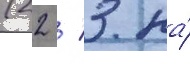
(22 / 3 на́